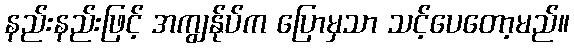
နည်းနည်းဖြင့် အကျွန်ုပ်က ပြောမှသာ သင့်ပေတော့မည်။